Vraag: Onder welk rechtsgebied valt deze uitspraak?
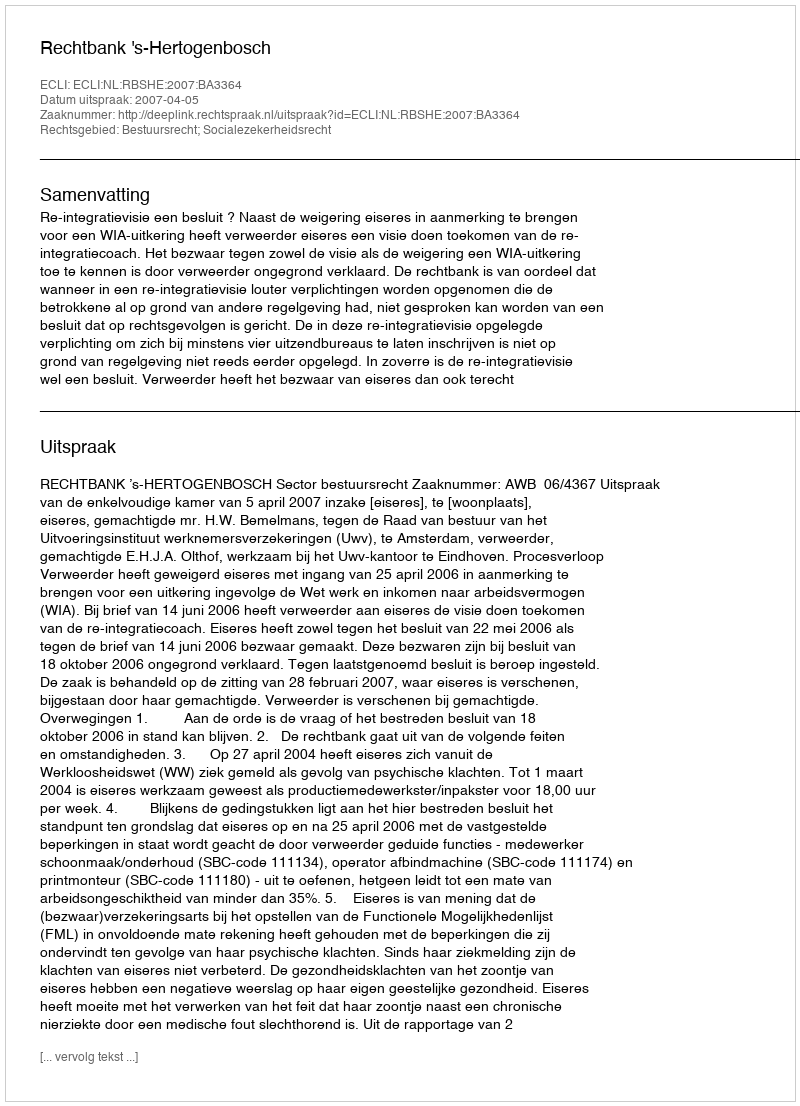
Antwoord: Bestuursrecht; Socialezekerheidsrecht